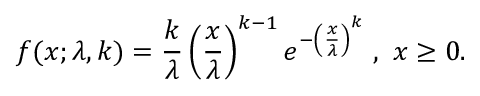
f ( x ; \lambda , k ) = \frac { k } { \lambda } \left( \frac { x } { \lambda } \right) ^ { k - 1 } e ^ { - \left( \frac { x } { \lambda } \right) ^ { k } } ~ , ~ x \geq 0 .